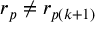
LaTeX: r _ { p } \neq r _ { p ( k + 1 ) }